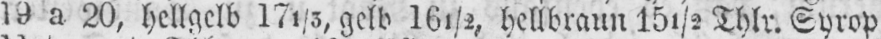
19 a 20, hellgelb 171/5, gelb 16½, hellbraun 15½ Thlr. Syrop